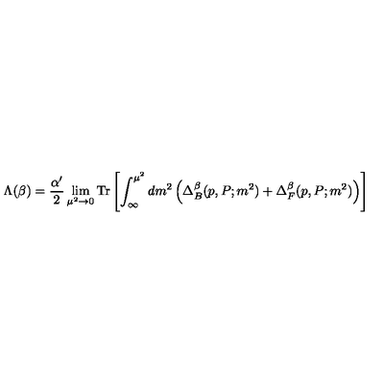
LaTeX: \Lambda ( \beta ) = \frac { \alpha ^ { \prime } } { 2 } \lim _ { \mu ^ { 2 } \rightarrow 0 } \mathrm { T r } \left[ \int _ { \infty } ^ { \mu ^ { 2 } } d m ^ { 2 } \left( \Delta _ { B } ^ { \beta } ( p , P ; m ^ { 2 } ) + \Delta _ { F } ^ { \beta } ( p , P ; m ^ { 2 } ) \right) \right]